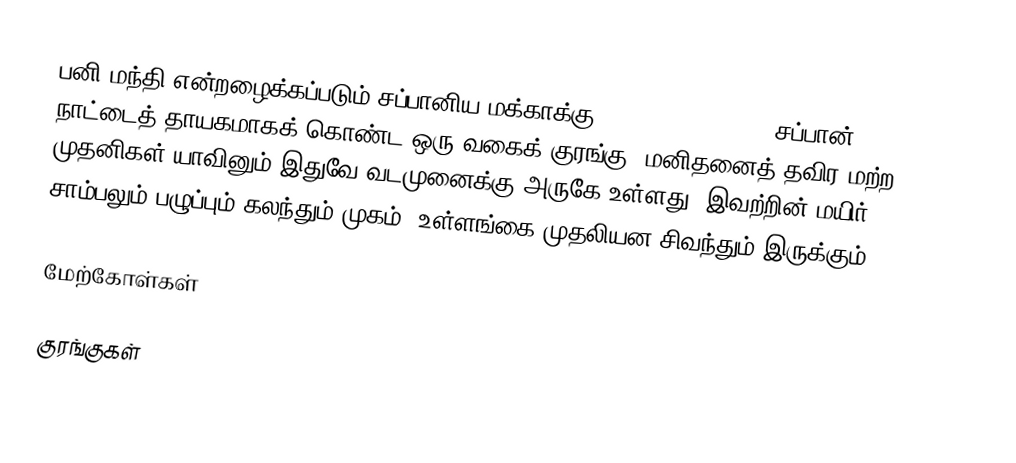
பனி மந்தி என்றழைக்கப்படும் சப்பானிய மக்காக்கு (Japanese Macaque) சப்பான் நாட்டைத் தாயகமாகக் கொண்ட ஒரு வகைக் குரங்கு. மனிதனைத் தவிர மற்ற முதனிகள் யாவினும் இதுவே வடமுனைக்கு அருகே உள்ளது. இவற்றின் மயிர் சாம்பலும் பழுப்பும் கலந்தும் முகம், உள்ளங்கை முதலியன சிவந்தும் இருக்கும்.

மேற்கோள்கள்

குரங்குகள்